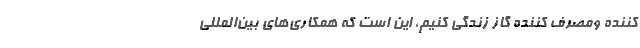
کننده ومصرف کننده گاز زندگی کنیم، این است که همکاری‌های بین‌المللی